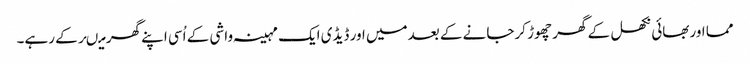
مما اوربھائی نکھل کے گھر چھوڑ کرجانے کے بعدمیں اور ڈیڈی ایک مہینہ واشی کے اُسی اپنے گھر میںرکے رہے۔